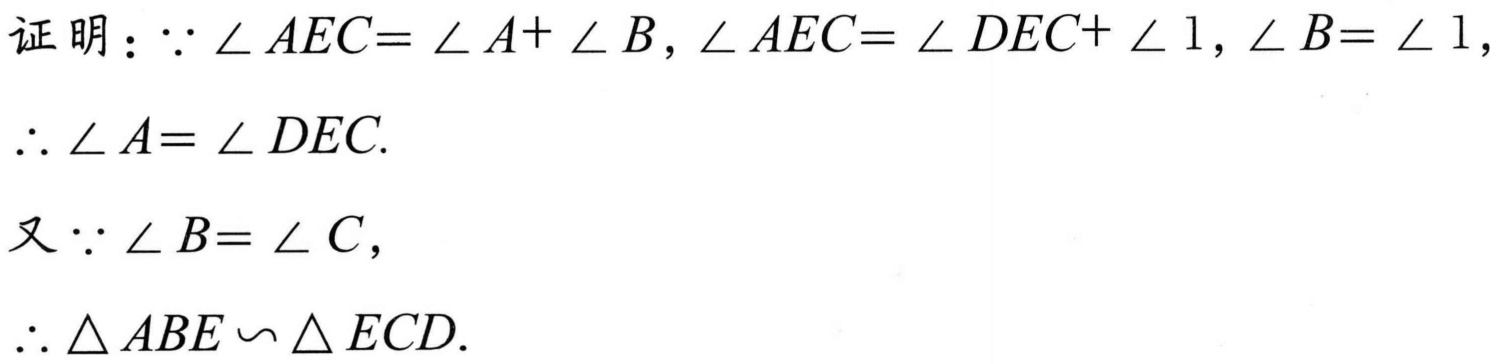
证明：\(\because\angle AEC = \angle A+\angle B\)，\(\angle AEC = \angle DEC+\angle 1\)，\(\angle B = \angle 1\)，
\(\therefore\angle A=\angle DEC\).

又\(\because\angle B = \angle C\)，
\(\therefore\triangle ABE\backsim\triangle ECD\).